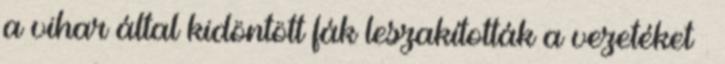
a vihar által kidöntött fák leszakították a vezetéket –